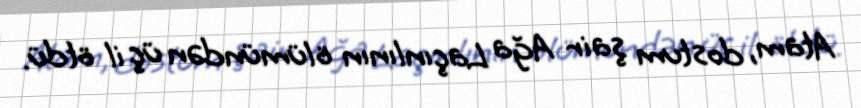
Atam, dostum şair Ağa Laçınlının ölümündən üç il ötdü.